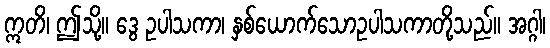
ဣတိ၊ ဤသို့။ ဒွေ ဥပါသကာ၊ နှစ်ယောက်သောဥပါသကာတို့သည်။ အဂ္ဂါ၊